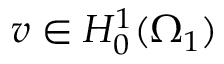
v \in H _ { 0 } ^ { 1 } ( \Omega _ { 1 } )